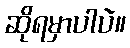
ဆိုရမှာပါပဲ။